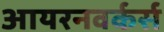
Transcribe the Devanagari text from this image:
आयरनवर्कर्स